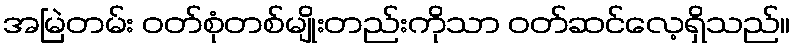
အမြဲတမ်း ဝတ်စုံတစ်မျိုးတည်းကိုသာ ဝတ်ဆင်လေ့ရှိသည်။